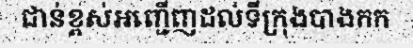
ជាន់ខ្ពស់អញ្ជើញដល់ទីក្រុងបាងកក